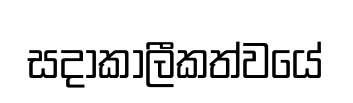
සදාකාලීකත්වයේ